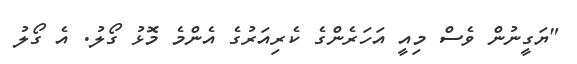
"ޔަގީނުން ވެސް މިއީ އަހަރެންގެ ކެރިއަރުގެ އެންމެ މޮޅު ގޯލު. އެ ގޯލު